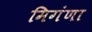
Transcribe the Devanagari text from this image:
मिगंणा